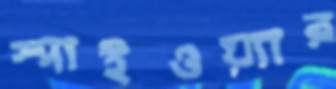
স্পাইওয়্যার